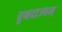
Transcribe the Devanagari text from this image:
पृषदाज्यम्